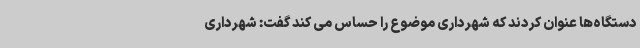
دستگاه‌ها عنوان کردند که شهرداری موضوع را حساس می کند گفت: شهرداری